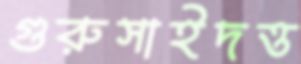
গুরুসাইদত্ত